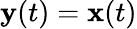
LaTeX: \mathbf{y}(t)=\mathbf{x}(t)